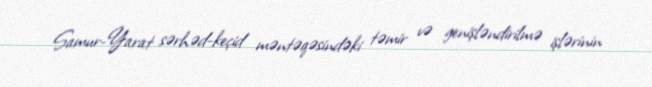
Samur-Yarat sərhəd-keçid məntəqəsindəki təmir və genişləndirilmə işlərinin